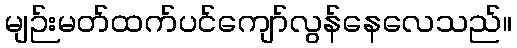
မျဉ်းမတ်ထက်ပင်ကျော်လွန်နေလေသည်။